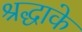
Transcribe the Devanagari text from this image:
श्रद्धाके